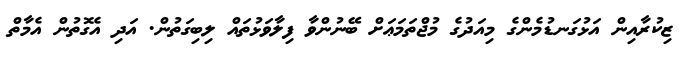
ޒިކުރާއިން އަޅުގަނޑުމެންގެ މިއަދުގެ މުޖްތަމަޢަށް ބޭނުންވާ ފިލާވަޅުތައް ލިބިގަތުން. އަދި އެގޮތުން އެމާތް